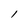
Character: 1